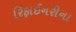
રિફાઈનરીના